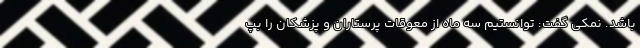
باشد. نمکی گفت: توانستیم سه ماه از معوقات پرستاران و پزشکان را بپ